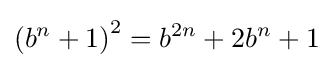
{(b^{n}+1)}^{2}=b^{2n}+2{b^{n}}+1